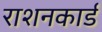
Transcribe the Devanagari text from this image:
राशनकार्ड